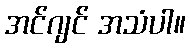
အင်ဂျင် အသံပါ။